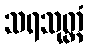
သရသုတ္တံ